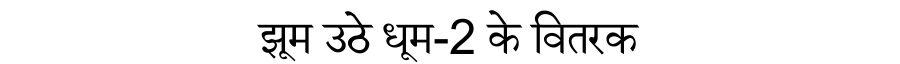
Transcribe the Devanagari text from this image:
झूम उठे धूम-2 के वितरक